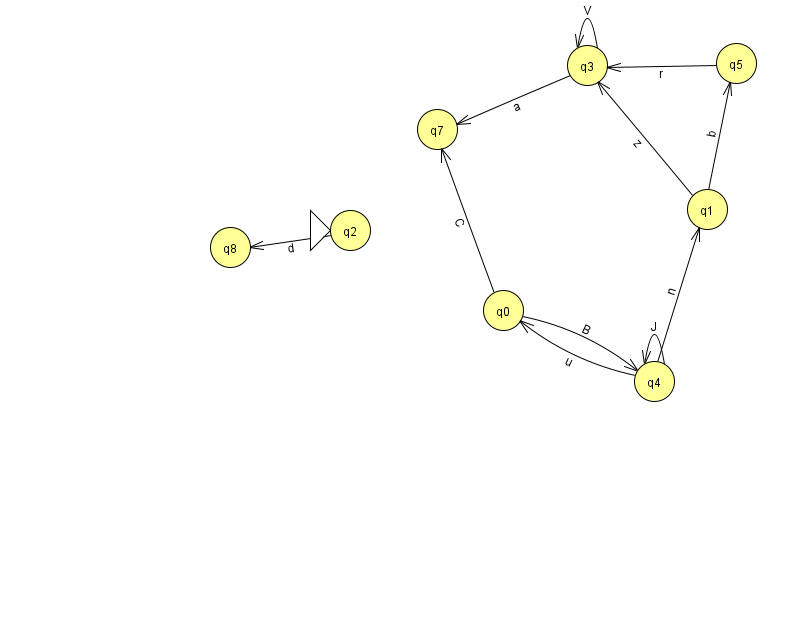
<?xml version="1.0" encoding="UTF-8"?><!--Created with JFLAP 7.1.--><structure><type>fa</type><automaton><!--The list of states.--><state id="0" name="q0"><x>503.0</x><y>297.0</y></state><state id="1" name="q1"><x>707.0</x><y>196.0</y></state><state id="2" name="q2"><x>350.0</x><y>217.0</y><initial/></state><state id="3" name="q3"><x>587.0</x><y>52.0</y></state><state id="4" name="q4"><x>654.0</x><y>368.0</y></state><state id="5" name="q5"><x>736.0</x><y>50.0</y></state><state id="7" name="q7"><x>437.0</x><y>116.0</y></state><state id="8" name="q8"><x>230.0</x><y>234.0</y></state><!--The list of transitions.--><transition><from>0</from><to>7</to><read>C</read></transition><transition><from>2</from><to>8</to><read>d</read></transition><transition><from>3</from><to>3</to><read>V</read></transition><transition><from>4</from><to>1</to><read>n</read></transition><transition><from>0</from><to>4</to><read>B</read></transition><transition><from>4</from><to>4</to><read>J</read></transition><transition><from>1</from><to>5</to><read>b</read></transition><transition><from>1</from><to>3</to><read>z</read></transition><transition><from>4</from><to>0</to><read>u</read></transition><transition><from>5</from><to>3</to><read>r</read></transition><transition><from>3</from><to>7</to><read>a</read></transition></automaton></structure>